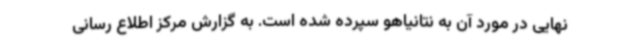
نهایی در مورد آن به نتانیاهو سپرده شده است. به گزارش مرکز اطلاع رسانی